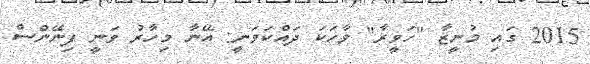
2015 ގައި މުނީޒާ "ހަވީރާ" ވާހަކަ ދައްކަވަނީ: އޭނާ މިހާރު ވަނީ ފިނޭންސް